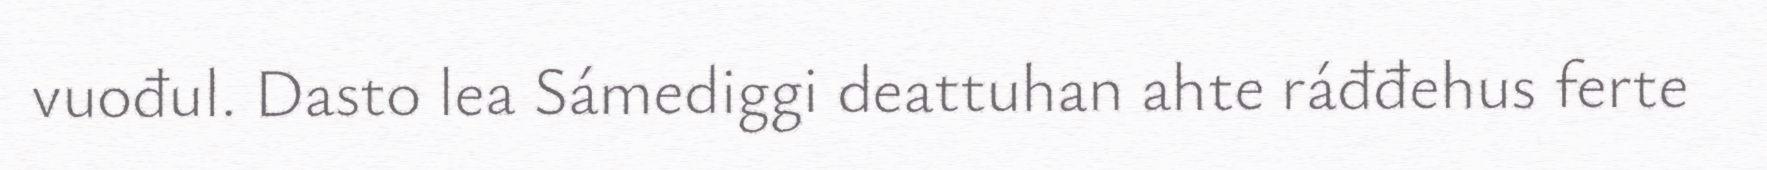
vuođul. Dasto lea Sámediggi deattuhan ahte ráđđehus ferte